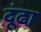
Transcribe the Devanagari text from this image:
दूंढा